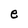
Character: e